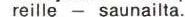
reille - saunailta.